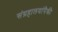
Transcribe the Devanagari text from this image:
संग्रहालयांपैकी